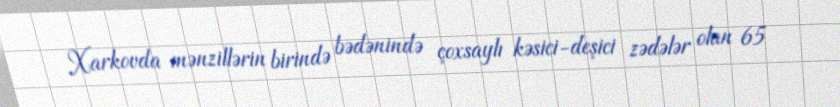
Xarkovda mənzillərin birində bədənində çoxsaylı kəsici-deşici zədələr olan 65